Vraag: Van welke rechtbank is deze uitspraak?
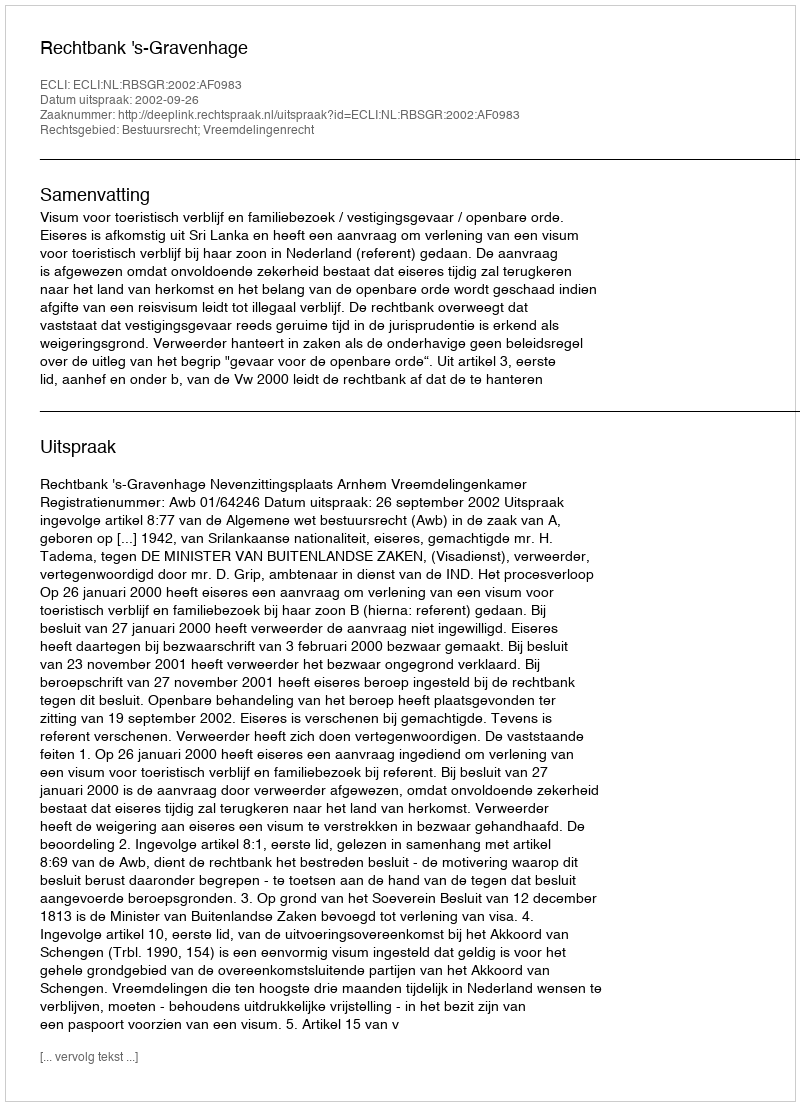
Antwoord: Rechtbank 's-Gravenhage